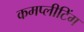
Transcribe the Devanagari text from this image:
कमप्लीटिंग